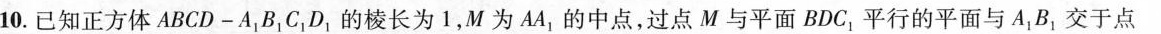
10.已知正方体ABCD-A_{1}B_{1}C_{1}D_{1}的棱长为1，M为AA_{1}的中点，过点M与平面BDC_{1}平行的平面与A_{1}B_{1}交于点